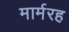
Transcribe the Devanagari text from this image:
मार्मरह